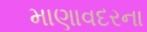
માણાવદરના